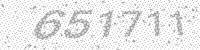
Solution: 651711